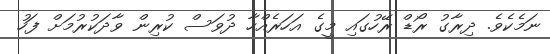
ނަމެކެވެ. ދިރާގު ރޯޑް ރޭހުގައި މީގެ އަހަރެއްހާ ދުވަސް ކުރިން ވާދަކުރުމަށް ފަހު